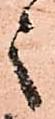
之